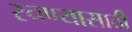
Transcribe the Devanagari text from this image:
रचण्यासाठी